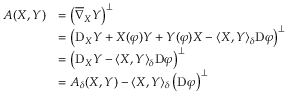
\begin{array} { r l } { A ( X , Y ) } & { = \left( \overline { \nabla } _ { X } Y \right) ^ { \perp } } \\ & { = \left( \mathrm D _ { X } Y + X ( \varphi ) Y + Y ( \varphi ) X - \langle X , Y \rangle _ { \delta } \mathrm D \varphi \right) ^ { \perp } } \\ & { = \left( \mathrm D _ { X } Y - \langle X , Y \rangle _ { \delta } \mathrm D \varphi \right) ^ { \perp } } \\ & { = A _ { \delta } ( X , Y ) - \langle X , Y \rangle _ { \delta } \left( \mathrm D \varphi \right) ^ { \perp } } \end{array}